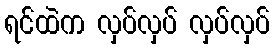
ရင်ထဲက လှပ်လှပ် လှပ်လှပ်